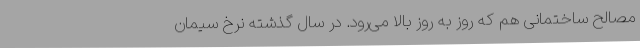
مصالح ساختمانی هم که روز به روز بالا می‌رود. در سال گذشته نرخ سیمان